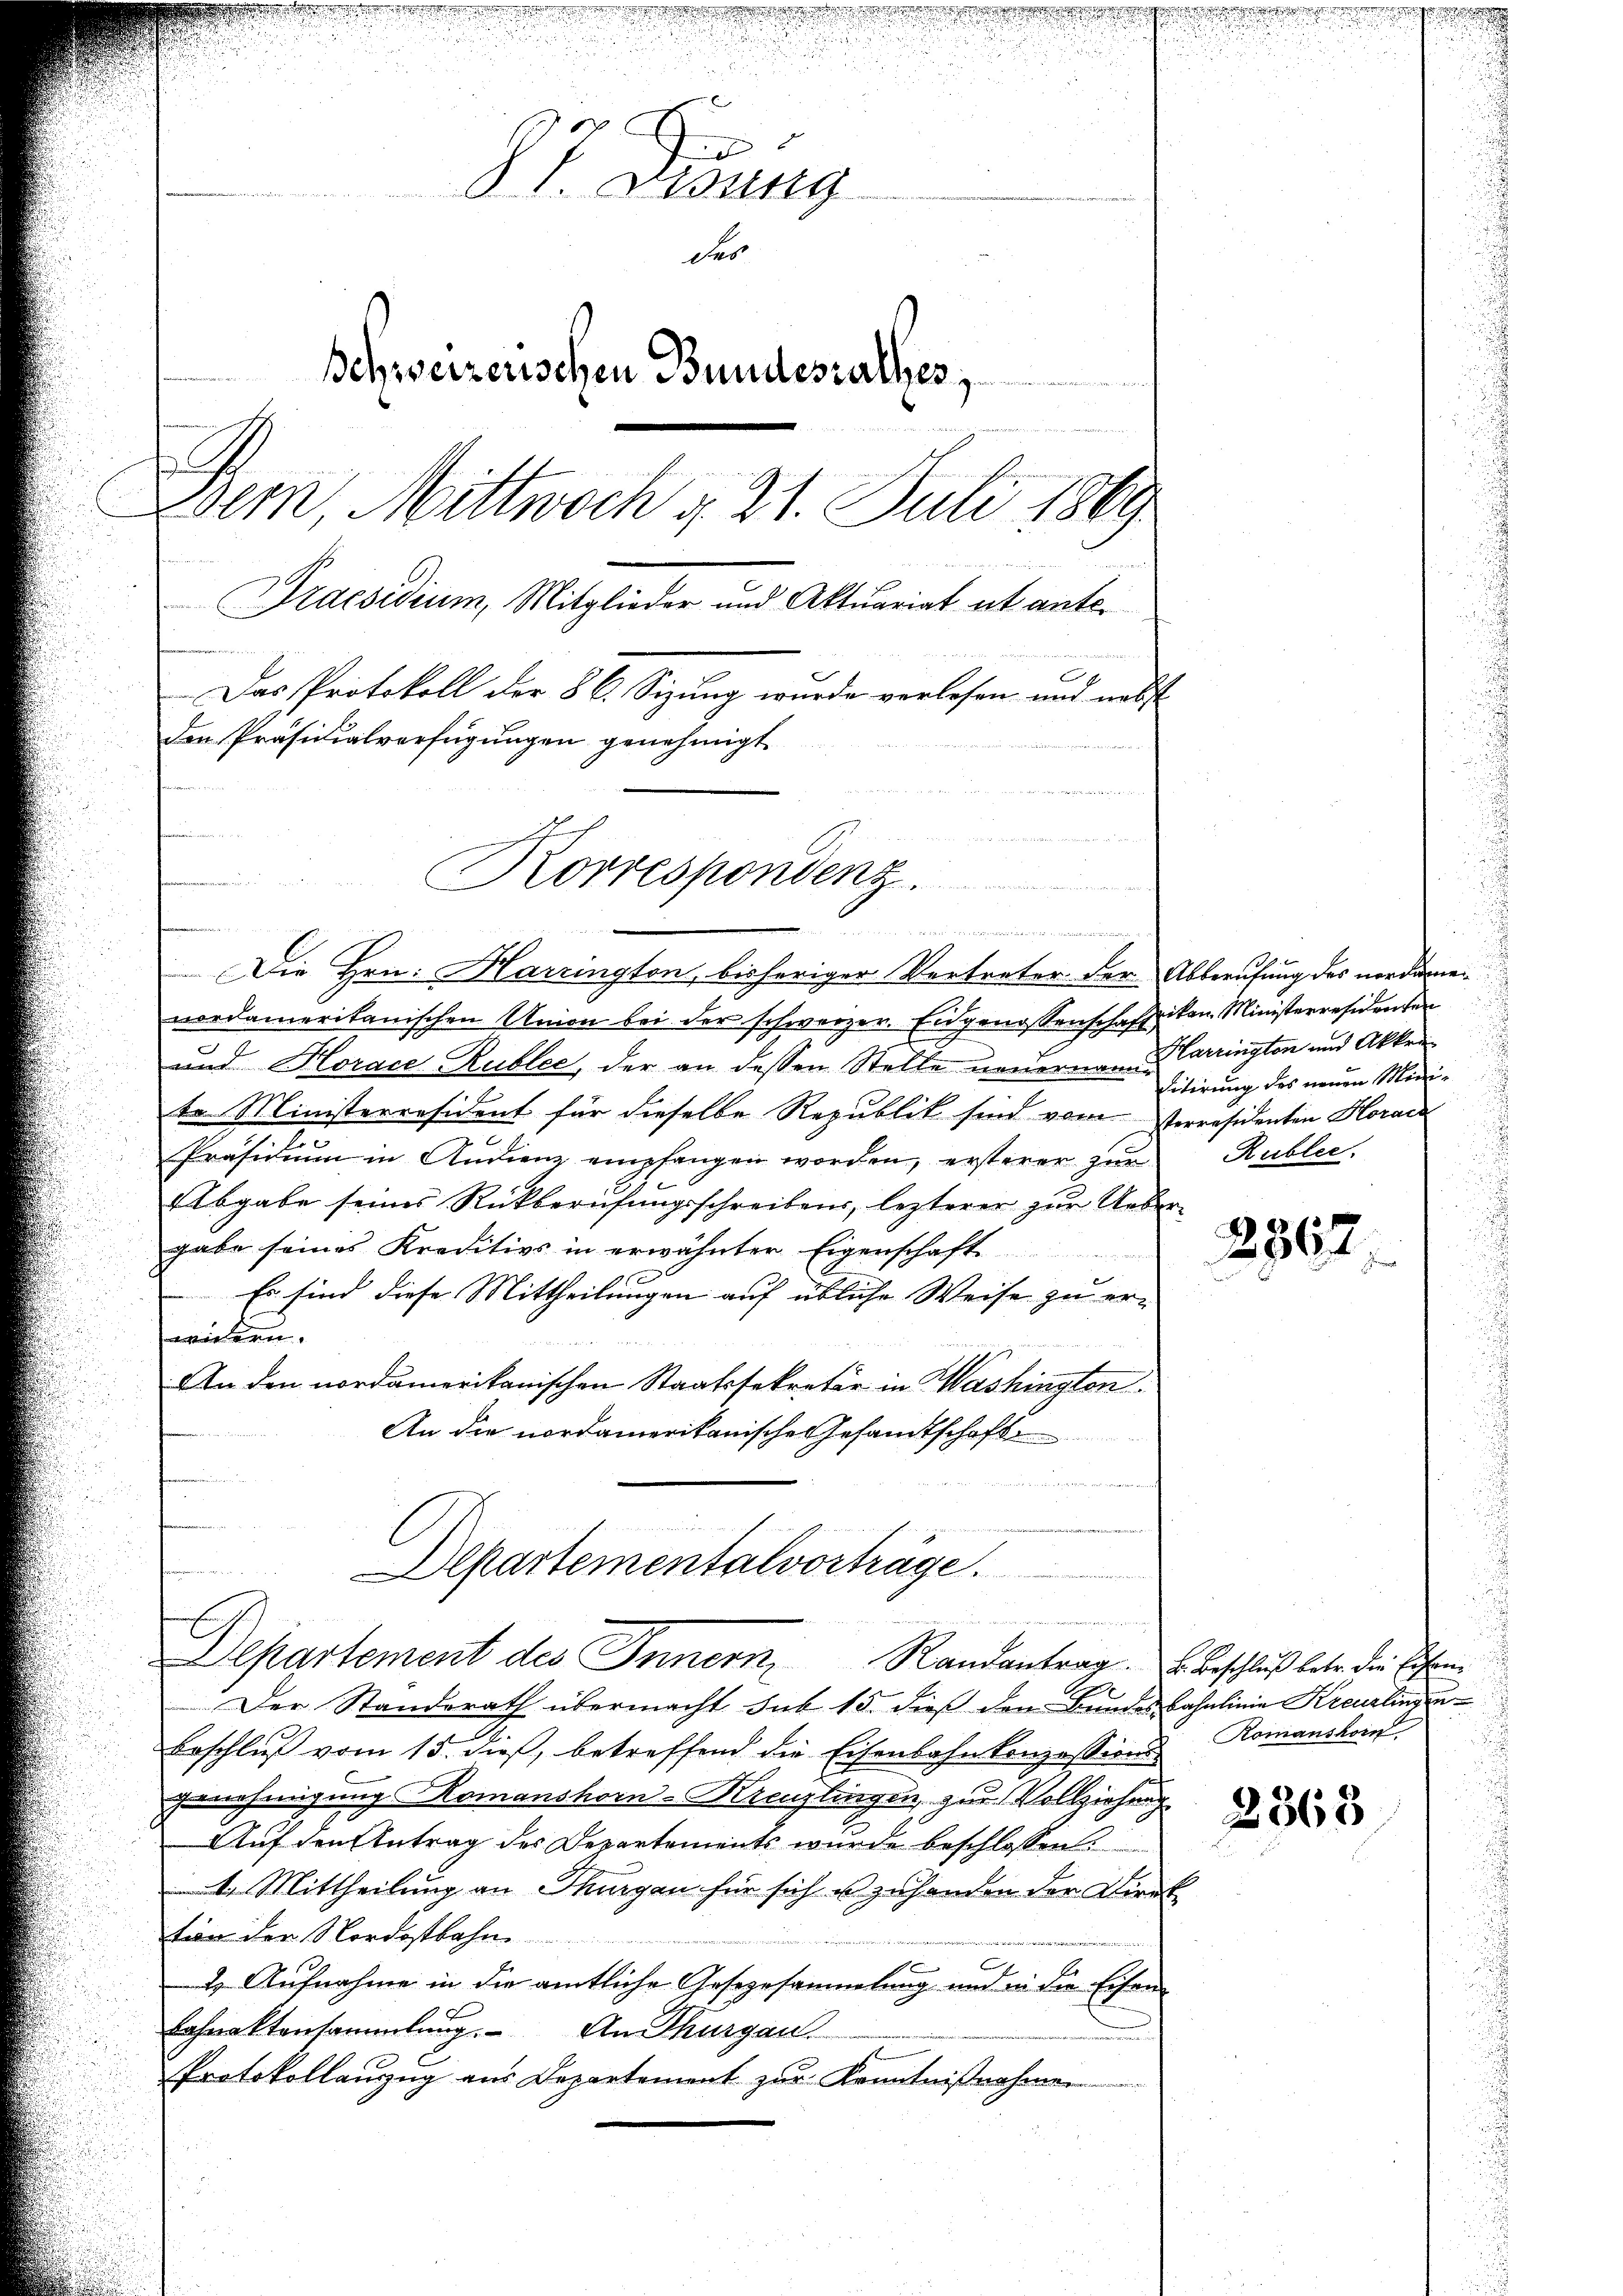
0
§ I. Disung
des
Schweizerischen Bundesrathes,
Dem, Mittwoch § 21. Juli 1869.
Praesidium, Mitglieder und Aktuariat ut ante¬
Das Protokoll der § 6. Sizung wurde verlesen und nebst
den Präsidialverfügungen genehmigt
e
Korrespondenz.

.

Die Hrn. Harrington, bisheriger Vertreter der Abberufung des nordame
vordamerikanischen Union bei der schweizer. Eidgenossenschaftikon. Ministerresidenten
und Horace Rubler, der an dessen Stelle neuernam Carringten und Akten
te Ministerräsident für dieselbe Republik sind vom Perresidenten Horace
Präsidium in Audienz empfangen worden, ersterer zur
Abgabe seines Rückberufungsschreibens, lezterer zur Uebergabe seines Kreditivs in erwähnter Eigenschaft
Es sind diese Mittheilungen auf übliche Weise zu erieen
An den nordamerikanischen Staatssekretär in Washington.
An die nordamerikanische Gesandtschaft
 eine andern
Alpartementalvorträge.
Departement des Innern, Randantrag u. Beschluß betr. die Eisen
x
Der Standerath übermacht sub 15. dieß dem Bundesbahnlinie Kreuzlingen
Beschluß vom 15. dieß, betreffend die Eisenbahnkonzessions-
genehmigung Komanshorn-Kreuzlingen zur Vollziehung
Auf den Antrag des Departements wurde beschlossen:
4. Mittheilung an Thurgau für sich es zuhanden der Direk
tion der Nordostbahn
2. Aufnahme in die amtliche Gesezesammlung und in die Eisen-
Erhraktensammlung. An Thurgau
Protokollanzug aus Departement zur Kenntnißnahmen

Fitirung des neuen Mini¬
Rubler.

.

2567

Romanshorn

2363